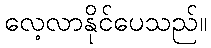
လေ့လာနိုင်ပေသည်။